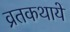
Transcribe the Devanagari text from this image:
व्रतकथायें